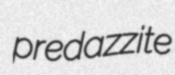
predazzite